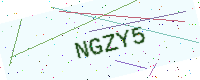
Text: NGZY5